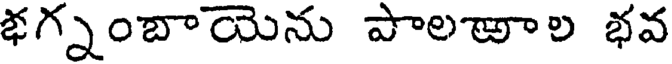
భగ్నంబాయెను పాలఱాల భవ